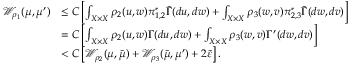
\begin{array} { r l } { \mathcal { W } _ { \rho _ { 1 } } ( \mu , \mu ^ { \prime } ) } & { \leq C \left[ \int _ { X \times X } \rho _ { 2 } ( u , w ) \pi _ { 1 , 2 } ^ { * } \tilde { \Gamma } ( d u , d w ) + \int _ { X \times X } \rho _ { 3 } ( w , v ) \pi _ { 2 , 3 } ^ { * } \tilde { \Gamma } ( d w , d v ) \right] } \\ & { = C \left[ \int _ { X \times X } \rho _ { 2 } ( u , w ) \Gamma ( d u , d w ) + \int _ { X \times X } \rho _ { 3 } ( w , v ) \Gamma ^ { \prime } ( d w , d v ) \right] } \\ & { < C \left[ \mathcal { W } _ { \rho _ { 2 } } ( \mu , \tilde { \mu } ) + \mathcal { W } _ { \rho _ { 3 } } ( \tilde { \mu } , \mu ^ { \prime } ) + 2 \tilde { \varepsilon } \right] . } \end{array}